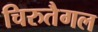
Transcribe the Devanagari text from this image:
चिरुतैगल